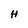
Character: H